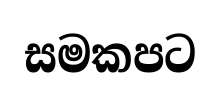
සමකපට